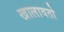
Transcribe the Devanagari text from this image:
खालावतो